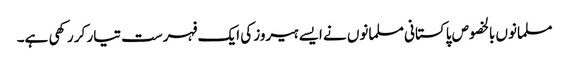
مسلمانوں بالخصوص پاکستانی مسلمانوں نے ایسے ہیروز کی ایک فہرست تیار کر رکھی ہے۔